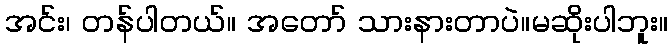
အင်း၊ တန်ပါတယ်။ အတော် သားနားတာပဲ။မဆိုးပါဘူး။